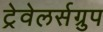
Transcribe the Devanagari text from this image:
ट्रेवेलर्सग्रुप